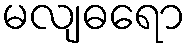
မလျဓရော